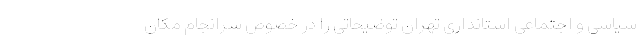
سیاسی و اجتماعی استانداری تهران توضیحاتی را در خصوص سرانجام مکان